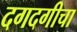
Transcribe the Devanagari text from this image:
दगदगीचा